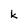
Character: k